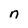
Character: n